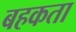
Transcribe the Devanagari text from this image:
बहकता